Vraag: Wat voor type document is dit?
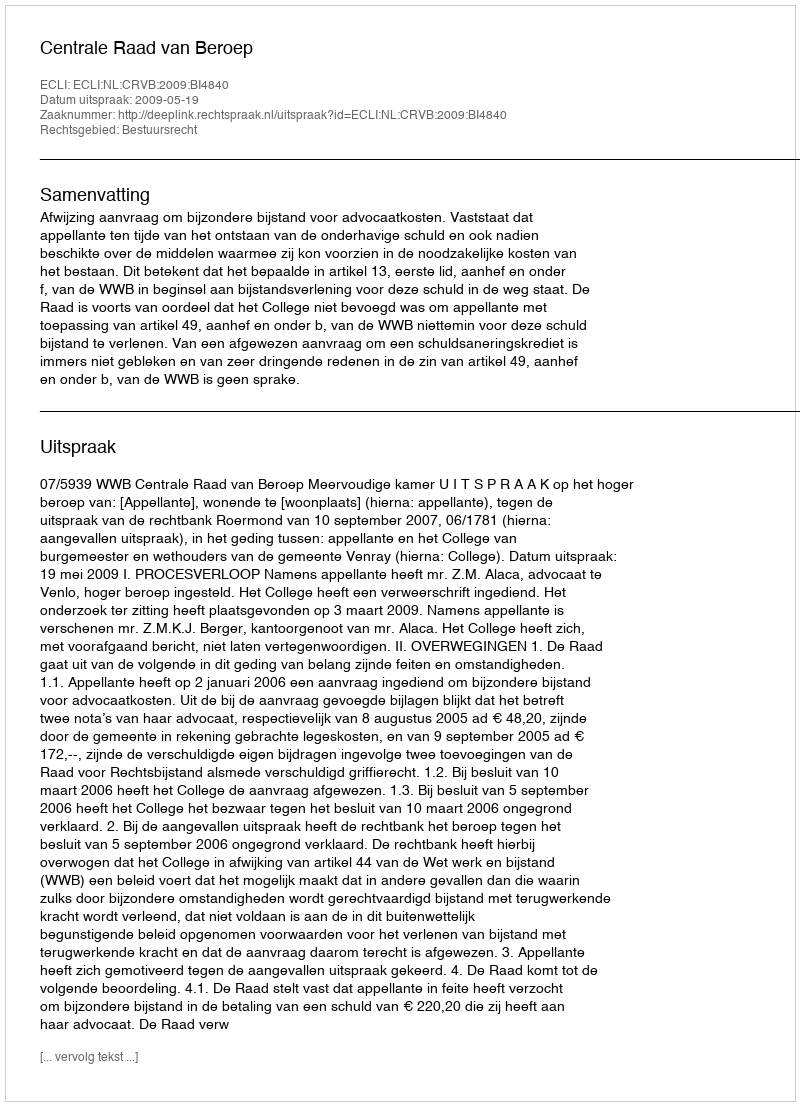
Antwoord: Uitspraak